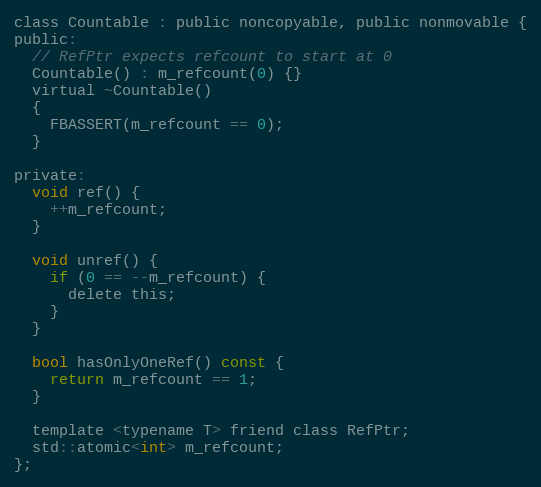
Language: C
class Countable : public noncopyable, public nonmovable {
public:
  // RefPtr expects refcount to start at 0
  Countable() : m_refcount(0) {}
  virtual ~Countable()
  {
    FBASSERT(m_refcount == 0);
  }

private:
  void ref() {
    ++m_refcount;
  }

  void unref() {
    if (0 == --m_refcount) {
      delete this;
    }
  }

  bool hasOnlyOneRef() const {
    return m_refcount == 1;
  }

  template <typename T> friend class RefPtr;
  std::atomic<int> m_refcount;
};